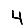
Digit: 4